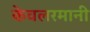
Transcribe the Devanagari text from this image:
केवलरमानी